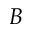
B